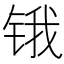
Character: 锇